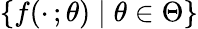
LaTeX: \{ f(\cdot\, ;\theta)\mid\theta\in\Theta\}